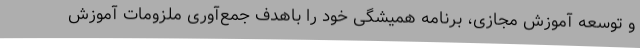
و توسعه آموزش مجازی، برنامه همیشگی خود را باهدف جمع‌آوری ملزومات آموزش